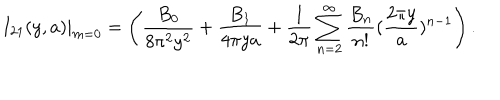
I _ { 2 1 } ( y , a ) | _ { m = 0 } = \left( \frac { B _ { 0 } } { 8 \pi ^ { 2 } y ^ { 2 } } + \frac { B _ { 1 } } { 4 \pi y a } + \frac { 1 } { 2 \pi } \sum _ { n = 2 } ^ { \infty } \frac { B _ { n } } { n ! } ( \frac { 2 \pi y } { a } ) ^ { n - 1 } \right) .